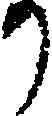
か